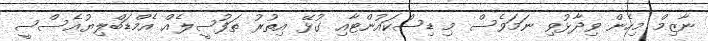
ނާޒިމް މިހެން ވިދާޅުވި ނަމަވެސް މި ޑިސްކައުންޓާއި ގުޅޭ އިތުރު ތަފުސީލެއް އެމްޑަބްލިޔުއެސްސީ